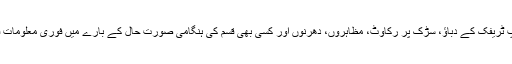
اسمارٹ فون ایپ ٹریفک کے دباؤ، سڑک پر رکاوٹ، مظاہروں، دھرنوں اور کسی بھی قسم کی ہنگامی صورتِ حال کے بارے میں فوری معلومات فراہم کرتی ہے۔